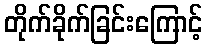
တိုက်ခိုက်ခြင်းကြောင့်